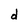
Character: d